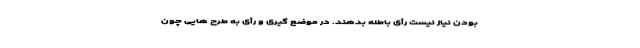
بودن نیاز نیست رأی باطله بدهند. در موضع گیری و رأی به طرح هایی چون